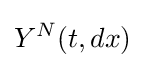
Y^{N}(t,dx)